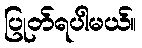
ပြုတ်ရပါမယ်။